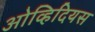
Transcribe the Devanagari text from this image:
ओव्हिदियस